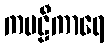
ကဗဠီကာရေ